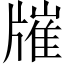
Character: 𤗯